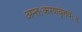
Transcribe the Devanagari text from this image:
अन्तःकरणवृत्तयः॥